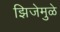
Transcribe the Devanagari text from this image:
झिजेमुळे